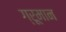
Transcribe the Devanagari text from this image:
ग्रूमान